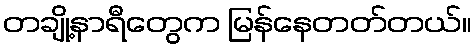
တချို့နာရီတွေက မြန်နေတတ်တယ်။